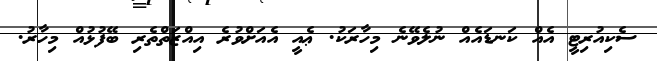
ސެކިއުރިޓީ އެއް ކަނޑައެއް ނުލެވޭނެ މިހާރަކު. ޢެއީ އެއަށްވުރެ އިއްޒަތްތެރި ބޭފުޅުއް މިހާރު.